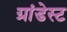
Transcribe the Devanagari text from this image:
ग्रांडेस्ट